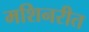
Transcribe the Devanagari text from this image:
मशिनरीत